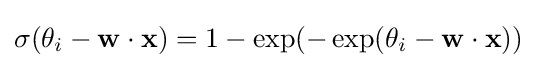
\sigma (\theta _{i}-\mathbf {w} \cdot \mathbf {x} )=1-\exp(-\exp(\theta _{i}-\mathbf {w} \cdot \mathbf {x} ))